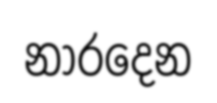
නාරදෙන